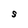
Character: S